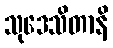
သုဒေသိတာနိ